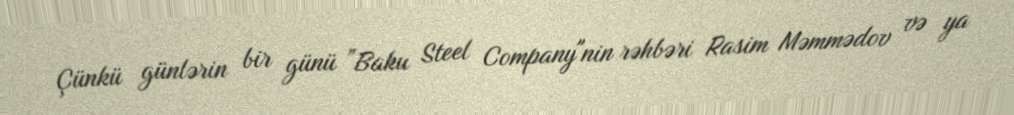
Çünkü günlərin bir günü ”Baku Steel Company"nin rəhbəri Rasim Məmmədov və ya